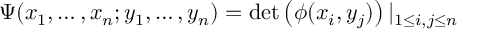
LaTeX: \Psi ( x _ { 1 } , \ldots , x _ { n } ; y _ { 1 } , \ldots , y _ { n } ) = \operatorname * { d e t } \left( \phi ( x _ { i } , y _ { j } ) \right) | _ { 1 \leq i , j \leq n }